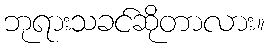
ဘုရားသခင်ဆိုတာလား။